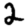
Digit: 2